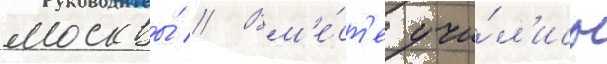
москвы́ // Вм'е́ст'е учи́л'ись